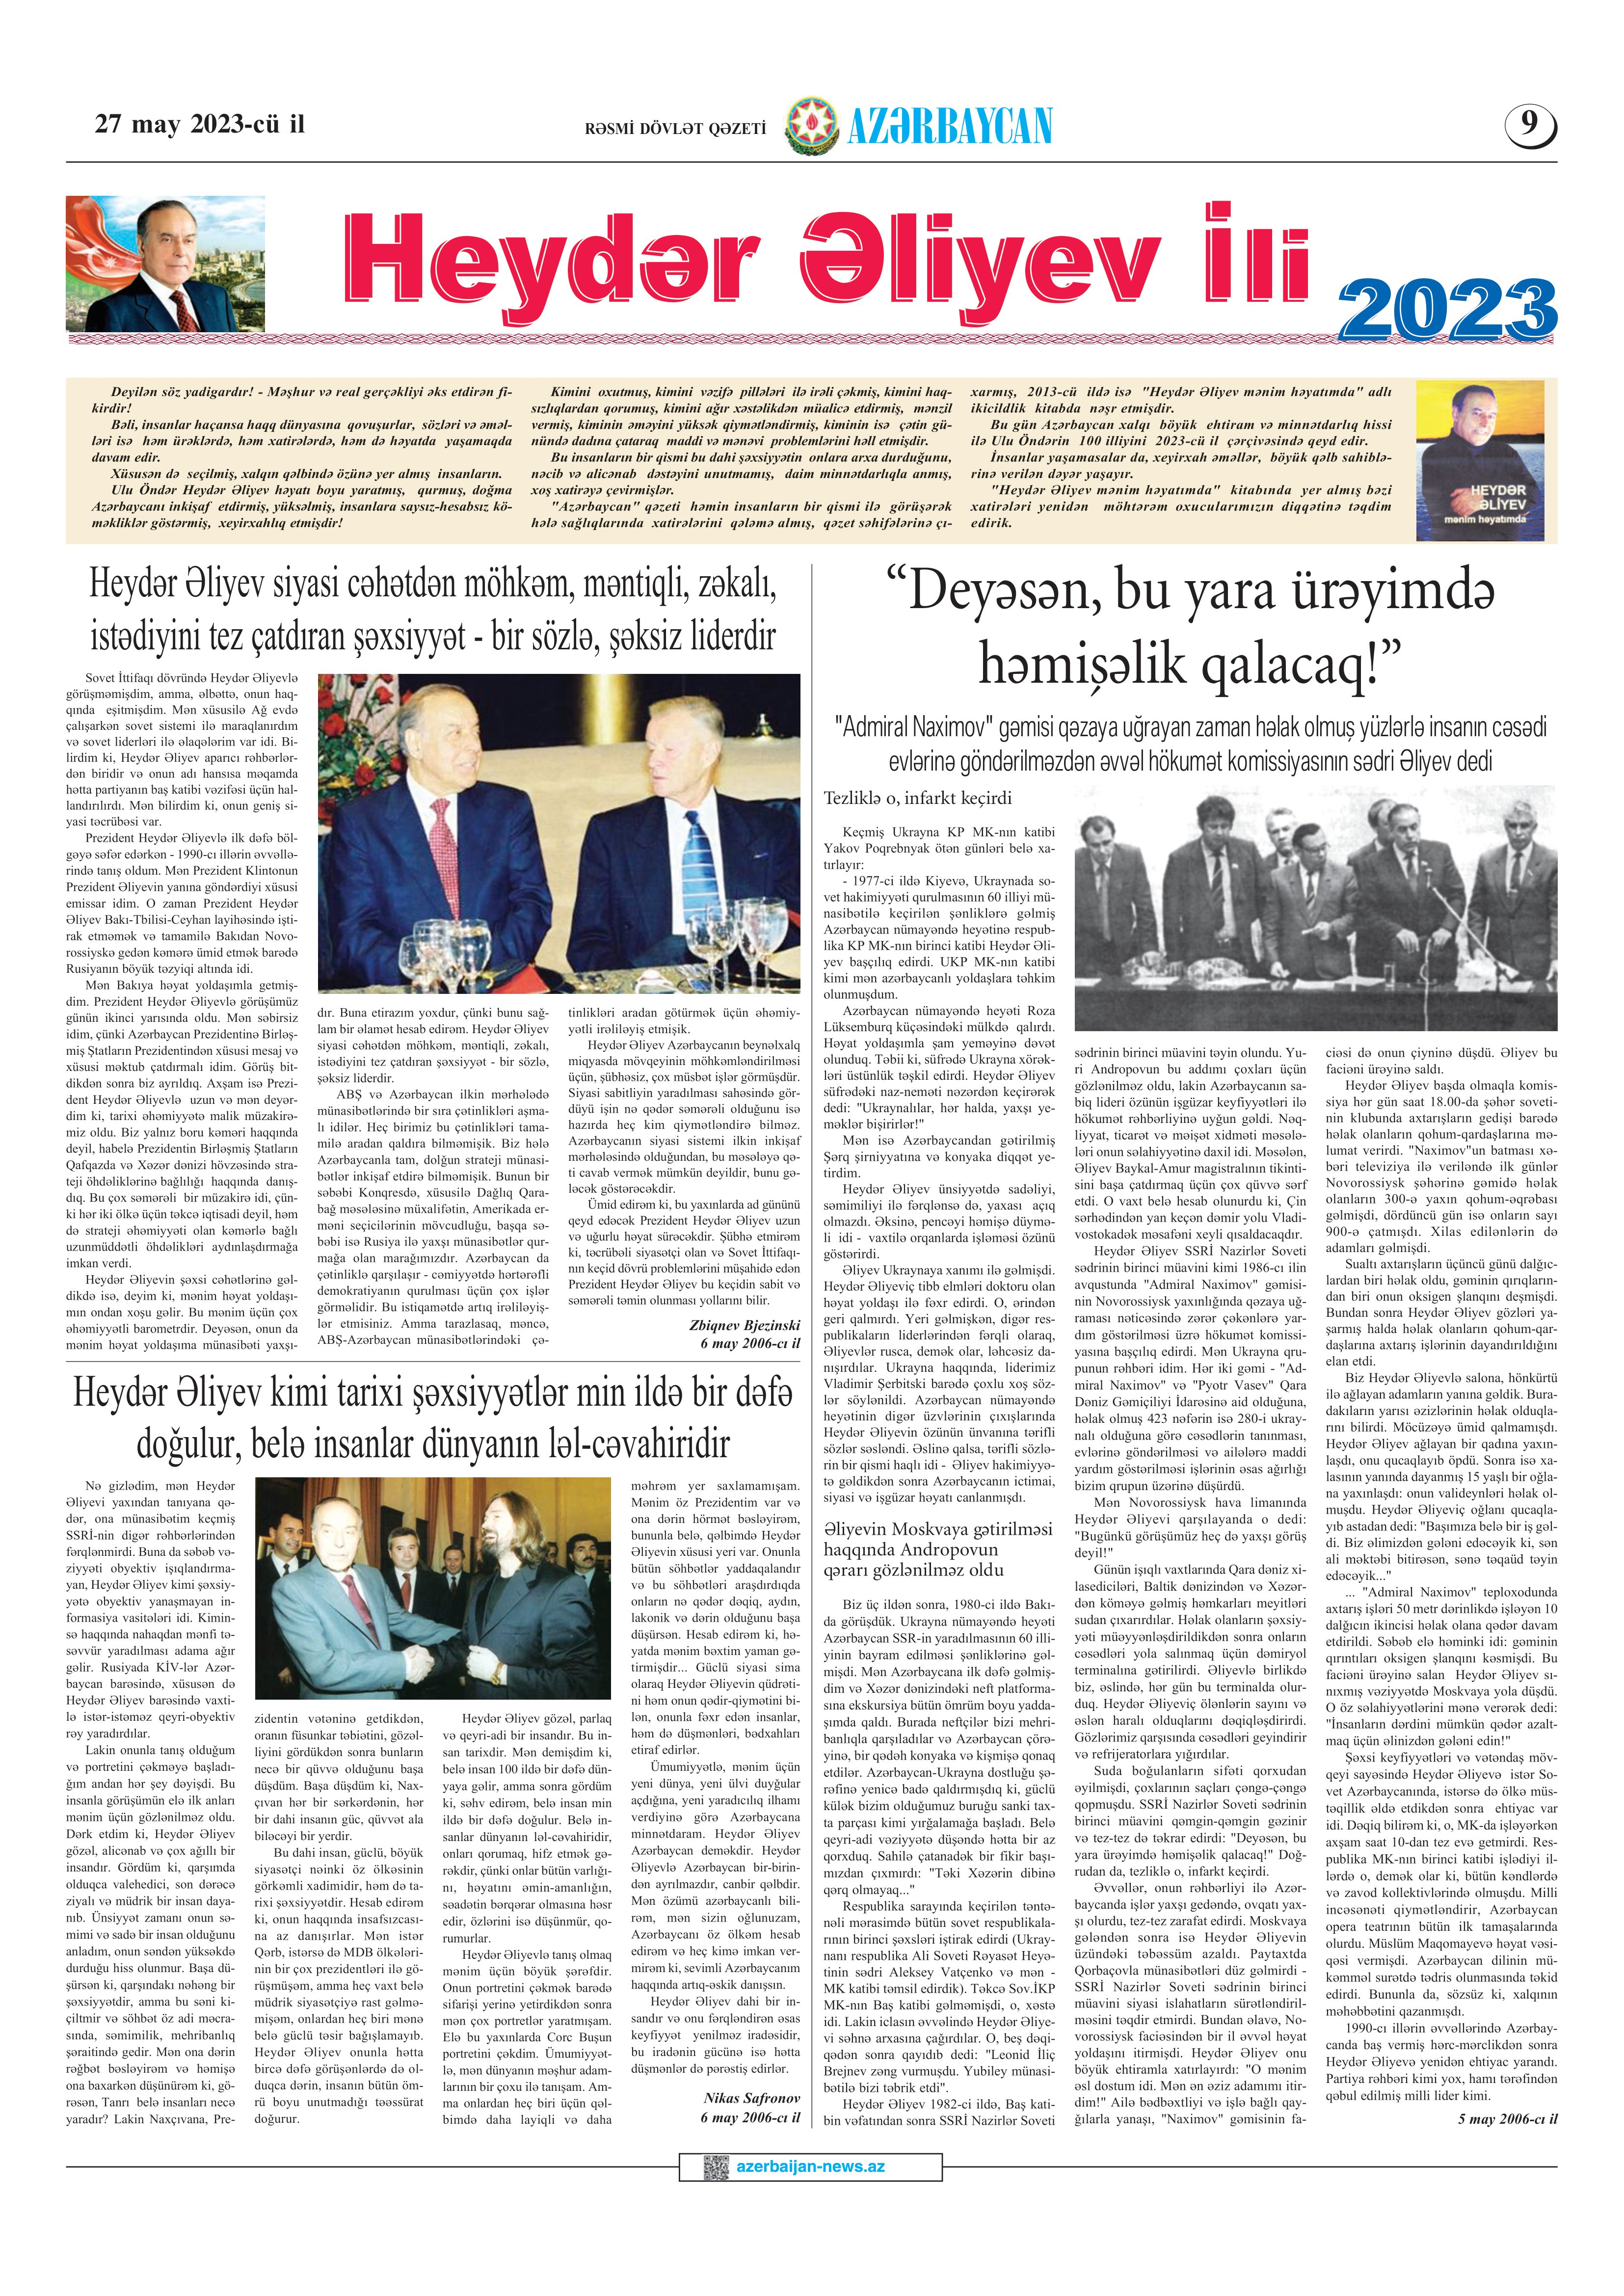
Language: az